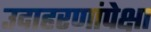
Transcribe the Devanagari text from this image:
उदाहरणांपेक्षा